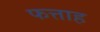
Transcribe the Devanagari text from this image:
फत्ताह